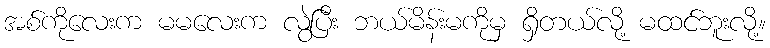
အစ်ကိုလေးက မမလေးက လွဲပြီး ဘယ်မိန်းမကိုမှ ရှိတယ်လို့ မထင်ဘူးလို့။